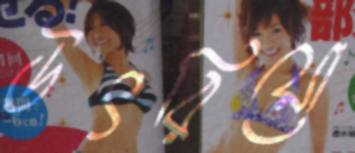
উৎরিয়ো